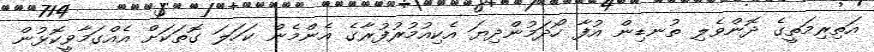
އަތިރިމަތީގެ ދޮންވެލި ތުނޑިން އުފާ ހޯދަމުންދިޔަ އެކިއުމުރުފުރާގެ އެންމެން ކަހަލަ ގޮތަކަށް އެއްގަމާވީކޮޅުން